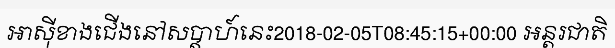
អាស៊ីខាងជើងនៅសប្តាហ៍នេះ2018-02-05T08:45:15+00:00 អន្តរជាតិ